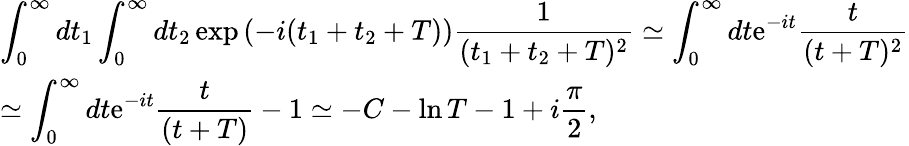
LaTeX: \begin{array}{ll}{{\displaystyle{\int_{0}^{\infty}dt_{1}\int_{0}^{\infty}dt_{2}\exp\left(-i(t_{1}+t_{2}+T)\right)\frac{1}{(t_{1}+t_{2}+T)^{2}}\simeq\int_{0}^{\infty}dt\mathrm{e}^{-it}\frac{t}{(t+T)^{2}}}}}\\ {{\displaystyle{\simeq\int_{0}^{\infty}dt\mathrm{e}^{-it}\frac{t}{(t+T)}-1\simeq-C-\ln T-1+i\frac{\pi}{2}},}}\end{array}